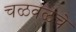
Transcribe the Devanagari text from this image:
चळवळचे